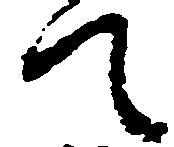
て